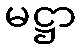
မဋ္ဌာ